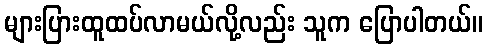
များပြားထူထပ်လာမယ်လို့လည်း သူက ပြောပါတယ်။